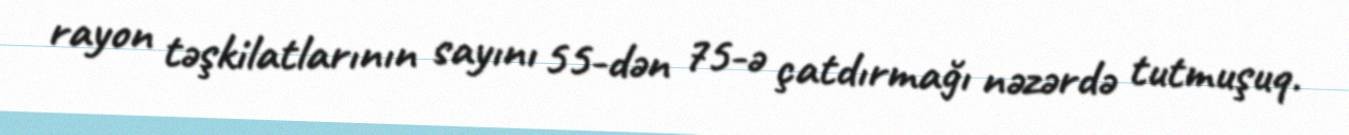
rayon təşkilatlarının sayını 55-dən 75-ə çatdırmağı nəzərdə tutmuşuq.